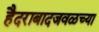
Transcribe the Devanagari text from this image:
हैदराबादजवळच्या